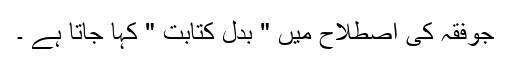
جوفقہ کی اصطلاح میں " بدل کتابت " کہا جاتا ہے ۔